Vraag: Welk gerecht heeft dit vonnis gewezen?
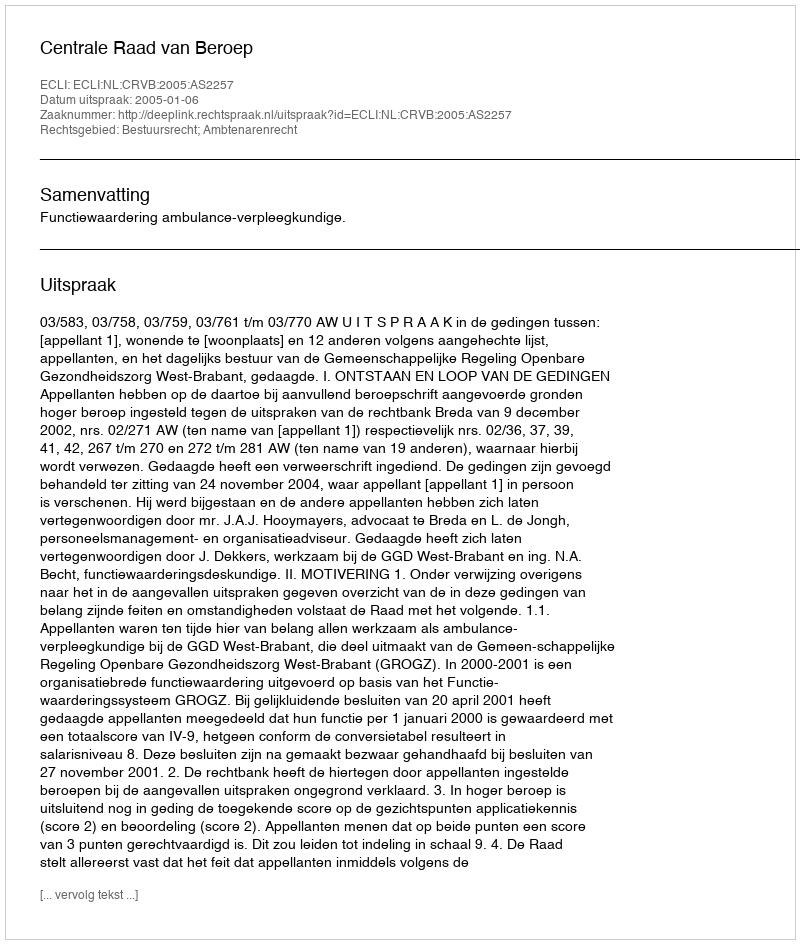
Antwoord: Centrale Raad van Beroep